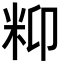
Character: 𥸾